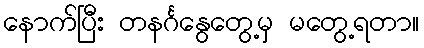
နောက်ပြီး တနင်္ဂနွေတွေ့မှ မတွေ့ရတာ။